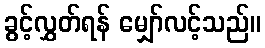
ခွင့်လွှတ်ရန် မျှော်လင့်သည်။